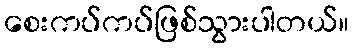
စေးကပ်ကပ်ဖြစ်သွားပါတယ်။